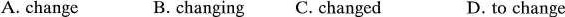
A.change B.changing C.Changed D.to change